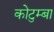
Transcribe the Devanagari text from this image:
कोटुम्बा